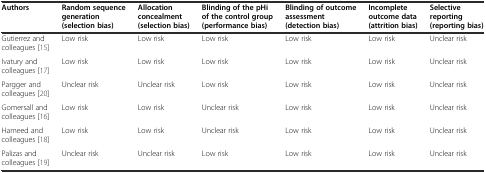
<table><thead><tr><td><b>Authors</b></td><td><b>Random sequence generation (selection bias)</b></td><td><b>Allocation concealment (selection bias)</b></td><td><b>Blinding of the pHi of the control group (performance bias)</b></td><td><b>Blinding of outcome assessment (detection bias)</b></td><td><b>Incomplete outcome data (attrition bias)</b></td><td><b>Selective reporting (reporting bias)</b></td></tr></thead><tbody><tr><td>Gutierrez and colleagues [15]</td><td>Low risk</td><td>Low risk</td><td>Low risk</td><td>Low risk</td><td>Low risk</td><td>Unclear risk</td></tr><tr><td>Ivatury and colleagues [17]</td><td>Low risk</td><td>Low risk</td><td>Low risk</td><td>Low risk</td><td>Low risk</td><td>Unclear risk</td></tr><tr><td>Pargger and colleagues [20]</td><td>Unclear risk</td><td>Unclear risk</td><td>Low risk</td><td>Low risk</td><td>Low risk</td><td>Unclear risk</td></tr><tr><td>Gomersall and colleagues [16]</td><td>Low risk</td><td>Low risk</td><td>Unclear risk</td><td>Low risk</td><td>Low risk</td><td>Unclear risk</td></tr><tr><td>Hameed and colleagues [18]</td><td>Low risk</td><td>Low risk</td><td>Unclear risk</td><td>Low risk</td><td>Low risk</td><td>Unclear risk</td></tr><tr><td>Palizas and colleagues [19]</td><td>Unclear risk</td><td>Unclear risk</td><td>Low risk</td><td>Low risk</td><td>Low risk</td><td>Unclear risk</td></tr></tbody></table>